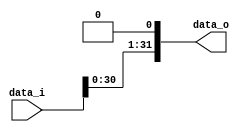
/***************************************************
Student Name: 
Student ID: 0712245
***************************************************/

`timescale 1ns/1ps

module Shift_Left_1(
    input  [32-1:0] data_i,
    output [32-1:0] data_o
    );


assign data_o = data_i << 1;    

endmodule